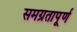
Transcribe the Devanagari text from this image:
समग्रतापूर्ण